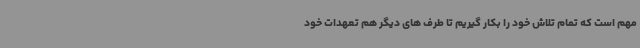
مهم است که تمام تلاش خود را بکار گیریم تا طرف های دیگر هم تعهدات خود